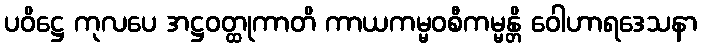
ပဝိဋ္ဌေ ကုလပေ အဋ္ဌဝတ္ထုကာတိ ကာယကမ္မဝစီကမ္မန္တိ ဝေါဟာရဒေသနာ